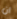
ان